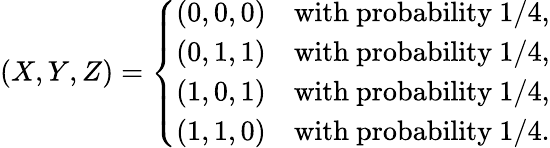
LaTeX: (X,Y,Z)=\left\{ {\begin{array}{ll}{(0,0,0)}&{{\mathrm{with~probability}}\ 1/4,}\\ {(0,1,1)}&{{\mathrm{with~probability}}\ 1/4,}\\ {(1,0,1)}&{{\mathrm{with~probability}}\ 1/4,}\\ {(1,1,0)}&{{\mathrm{with~probability}}\ 1/4.}\end{array}}\right.